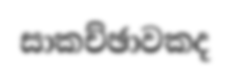
සාකච්ඡාවකද